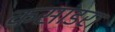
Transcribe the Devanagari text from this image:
कसांडरा